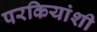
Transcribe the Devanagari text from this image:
परकियांशी